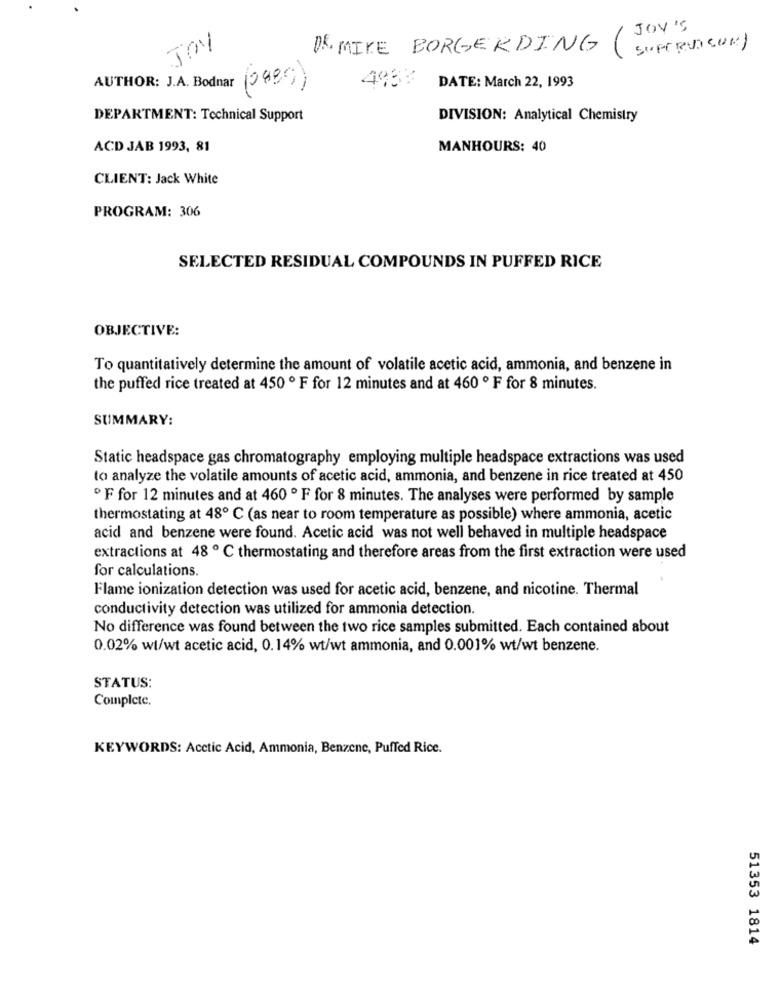
JOY'S
JOY
DR. MIKE BORGERDING (
SUPERVISOR
AUTHOR: J.A. Bodnar (0889)
4933
DATE: March 22, 1993
DEPARTMENT: Technical Support
DIVISION: Analytical Chemistry
ACD JAB 1993, 81
MANHOURS: 40
CLIENT: Jack White
PROGRAM: 306
SELECTED RESIDUAL COMPOUNDS IN PUFFED RICE
OBJECTIVE:
To quantitatively determine the amount of volatile acetic acid, ammonia, and benzene in
the puffed rice treated at 450 º F for 12 minutes and at 460 º F for 8 minutes.
SUMMARY:
Static headspace gas chromatography employing multiple headspace extractions was used
to analyze the volatile amounts of acetic acid, ammonia, and benzene in rice treated at 450
º F for 12 minutes and at 460 º F for 8 minutes. The analyses were performed by sample
thermostating at 48º C (as near to room temperature as possible) where ammonia, acetic
acid and benzene were found. Acetic acid was not well behaved in multiple headspace
extractions at 48 ℃ thermostating and therefore areas from the first extraction were used
for calculations.
Flame ionization detection was used for acetic acid, benzene, and nicotine. Thermal
conductivity detection was utilized for ammonia detection.
No difference was found between the two rice samples submitted. Each contained about
0.02% wt/wt acetic acid, 0.14% wt/wt ammonia, and 0.001% wt/wt benzene.
STATUS:
Complete.
KEYWORDS: Acetic Acid, Ammonia, Benzene, Puffed Rice.
51353 1814